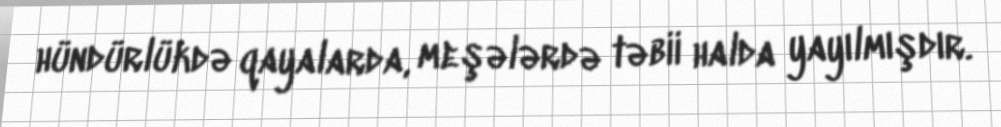
hündürlükdə qayalarda, meşələrdə təbii halda yayılmışdır.